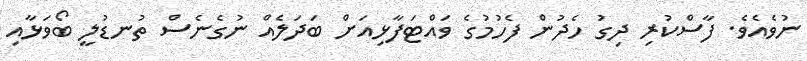
ނުވެއެވެ. ފާސްކުރި ދިގު ހެދުން ފެހުމުގެ ވައްޓަފާޅިއަށް ބަދަލެއް ނުގެނެސް ތުނޑުލީ ބޯވަޅާއި